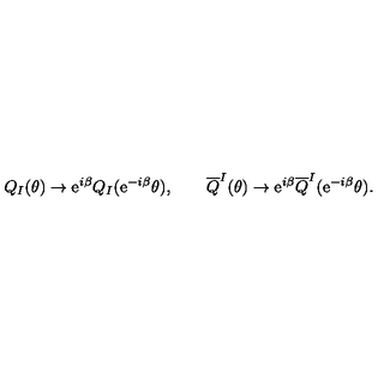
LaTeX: Q _ { I } ( \theta ) \rightarrow \mathrm { e } ^ { i \beta } Q _ { I } ( \mathrm { e } ^ { - i \beta } \theta ) , \qquad { \overline { Q } } ^ { I } ( \theta ) \rightarrow \mathrm { e } ^ { i \beta } { \overline { Q } } ^ { I } ( \mathrm { e } ^ { - i \beta } \theta ) .